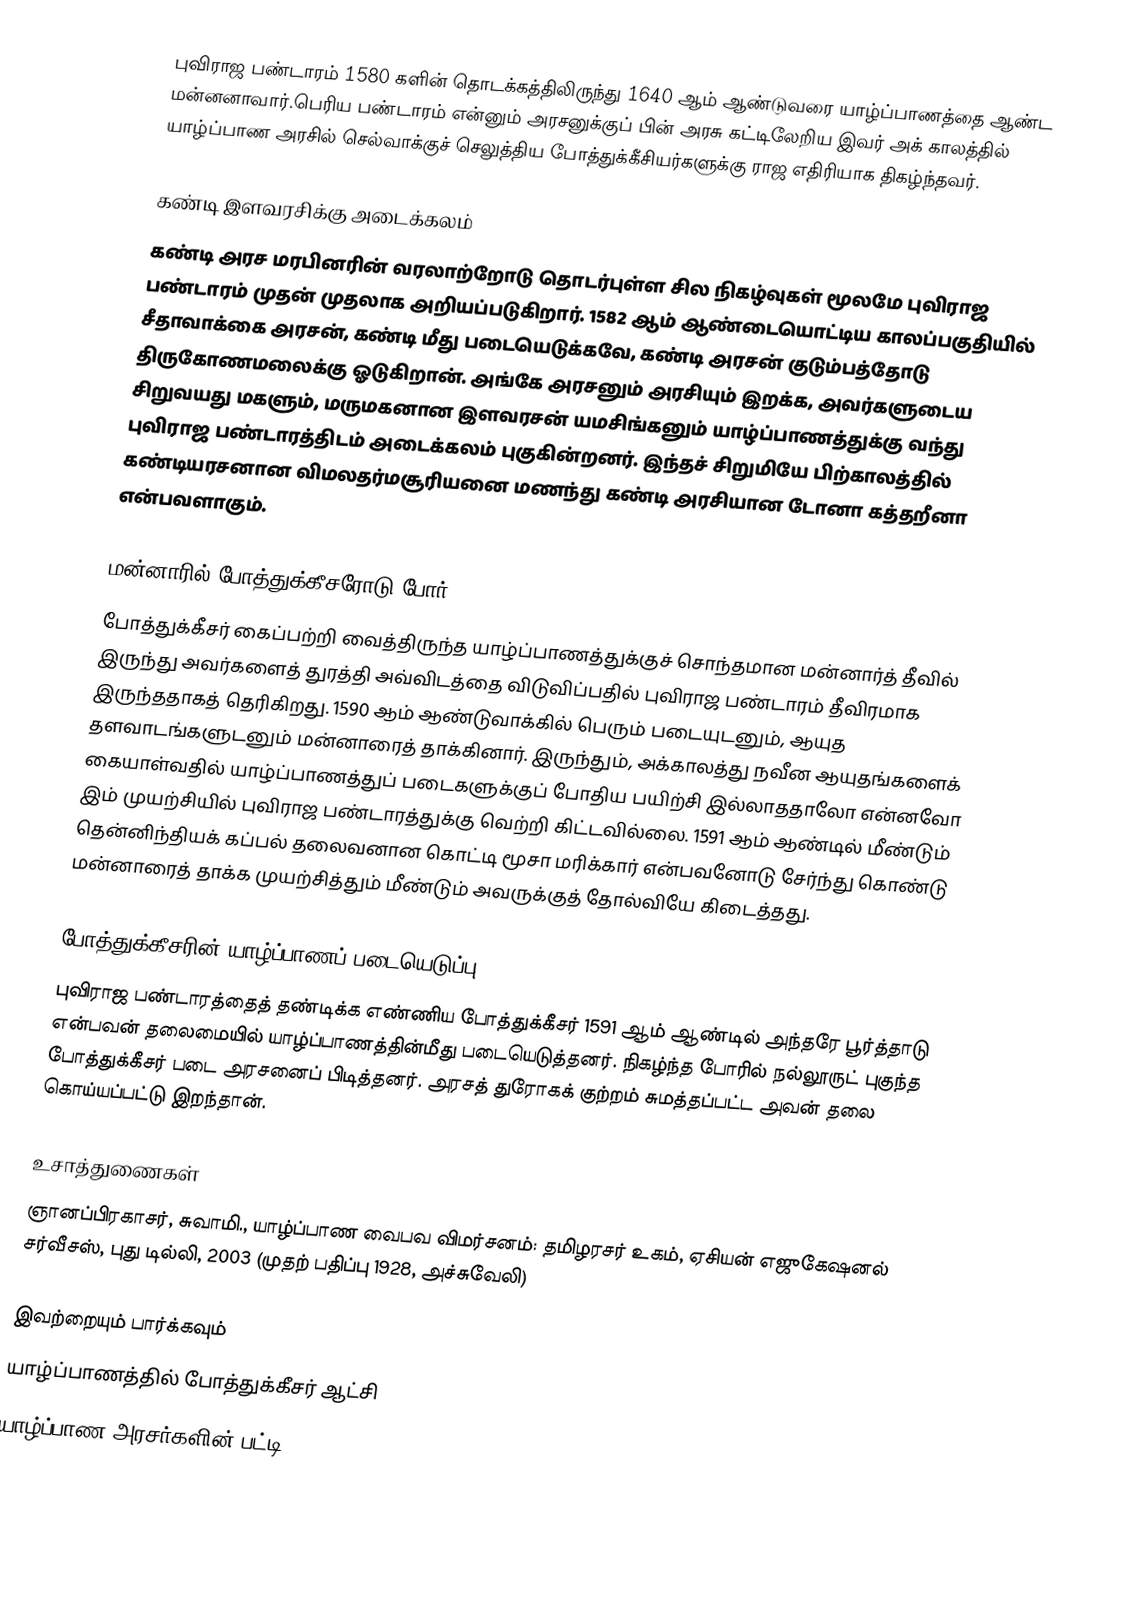
புவிராஜ பண்டாரம் 1580 களின் தொடக்கத்திலிருந்து 1640 ஆம் ஆண்டுவரை யாழ்ப்பாணத்தை ஆண்ட மன்னனாவார்.பெரிய பண்டாரம்  என்னும் அரசனுக்குப் பின் அரசு கட்டிலேறிய இவர் அக் காலத்தில் யாழ்ப்பாண அரசில் செல்வாக்குச் செலுத்திய போத்துக்கீசியர்களுக்கு ராஜ எதிரியாக திகழ்ந்தவர்.

கண்டி இளவரசிக்கு அடைக்கலம்
கண்டி அரச மரபினரின் வரலாற்றோடு தொடர்புள்ள சில நிகழ்வுகள் மூலமே புவிராஜ பண்டாரம் முதன் முதலாக அறியப்படுகிறார். 1582 ஆம் ஆண்டையொட்டிய காலப்பகுதியில் சீதாவாக்கை அரசன், கண்டி மீது படையெடுக்கவே, கண்டி அரசன் குடும்பத்தோடு திருகோணமலைக்கு ஓடுகிறான். அங்கே அரசனும் அரசியும் இறக்க, அவர்களுடைய சிறுவயது மகளும், மருமகனான இளவரசன் யமசிங்கனும் யாழ்ப்பாணத்துக்கு வந்து புவிராஜ பண்டாரத்திடம் அடைக்கலம் புகுகின்றனர். இந்தச் சிறுமியே பிற்காலத்தில் கண்டியரசனான விமலதர்மசூரியனை மணந்து கண்டி அரசியான டோனா கத்தறீனா என்பவளாகும்.

மன்னாரில் போத்துக்கீசரோடு போர்
போத்துக்கீசர் கைப்பற்றி வைத்திருந்த யாழ்ப்பாணத்துக்குச் சொந்தமான மன்னார்த் தீவில் இருந்து அவர்களைத் துரத்தி அவ்விடத்தை விடுவிப்பதில் புவிராஜ பண்டாரம் தீவிரமாக இருந்ததாகத் தெரிகிறது. 1590 ஆம் ஆண்டுவாக்கில் பெரும் படையுடனும், ஆயுத தளவாடங்களுடனும் மன்னாரைத் தாக்கினார். இருந்தும், அக்காலத்து நவீன ஆயுதங்களைக் கையாள்வதில் யாழ்ப்பாணத்துப் படைகளுக்குப் போதிய பயிற்சி இல்லாததாலோ என்னவோ இம் முயற்சியில் புவிராஜ பண்டாரத்துக்கு வெற்றி கிட்டவில்லை. 1591 ஆம் ஆண்டில் மீண்டும் தென்னிந்தியக் கப்பல் தலைவனான கொட்டி மூசா மரிக்கார் என்பவனோடு சேர்ந்து கொண்டு மன்னாரைத் தாக்க முயற்சித்தும் மீண்டும் அவருக்குத் தோல்வியே கிடைத்தது.

போத்துக்கீசரின் யாழ்ப்பாணப் படையெடுப்பு
புவிராஜ பண்டாரத்தைத் தண்டிக்க எண்ணிய போத்துக்கீசர் 1591 ஆம் ஆண்டில் அந்தரே பூர்த்தாடு என்பவன் தலைமையில் யாழ்ப்பாணத்தின்மீது படையெடுத்தனர். நிகழ்ந்த போரில் நல்லூருட் புகுந்த போத்துக்கீசர் படை அரசனைப் பிடித்தனர். அரசத் துரோகக் குற்றம் சுமத்தப்பட்ட அவன் தலை கொய்யப்பட்டு இறந்தான்.

உசாத்துணைகள்
 ஞானப்பிரகாசர், சுவாமி., யாழ்ப்பாண வைபவ விமர்சனம்: தமிழரசர் உகம், ஏசியன் எஜுகேஷனல் சர்வீசஸ், புது டில்லி, 2003 (முதற் பதிப்பு 1928, அச்சுவேலி)

இவற்றையும் பார்க்கவும்
 யாழ்ப்பாணத்தில் போத்துக்கீசர் ஆட்சி
 யாழ்ப்பாண அரசர்களின் பட்டி